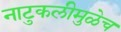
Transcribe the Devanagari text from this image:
नाटुकलीमुळेच